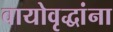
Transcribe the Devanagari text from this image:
वायोवृद्धांना